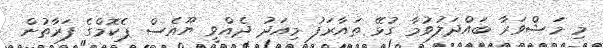
މި މަޝްވަރާ ބައްދަލުވުމާ ގުޅޭ ތައާރަފު މިއަދު ދެއްވީ ޔޫއެސް ޕެކޮމްގެ ފަރާތުން